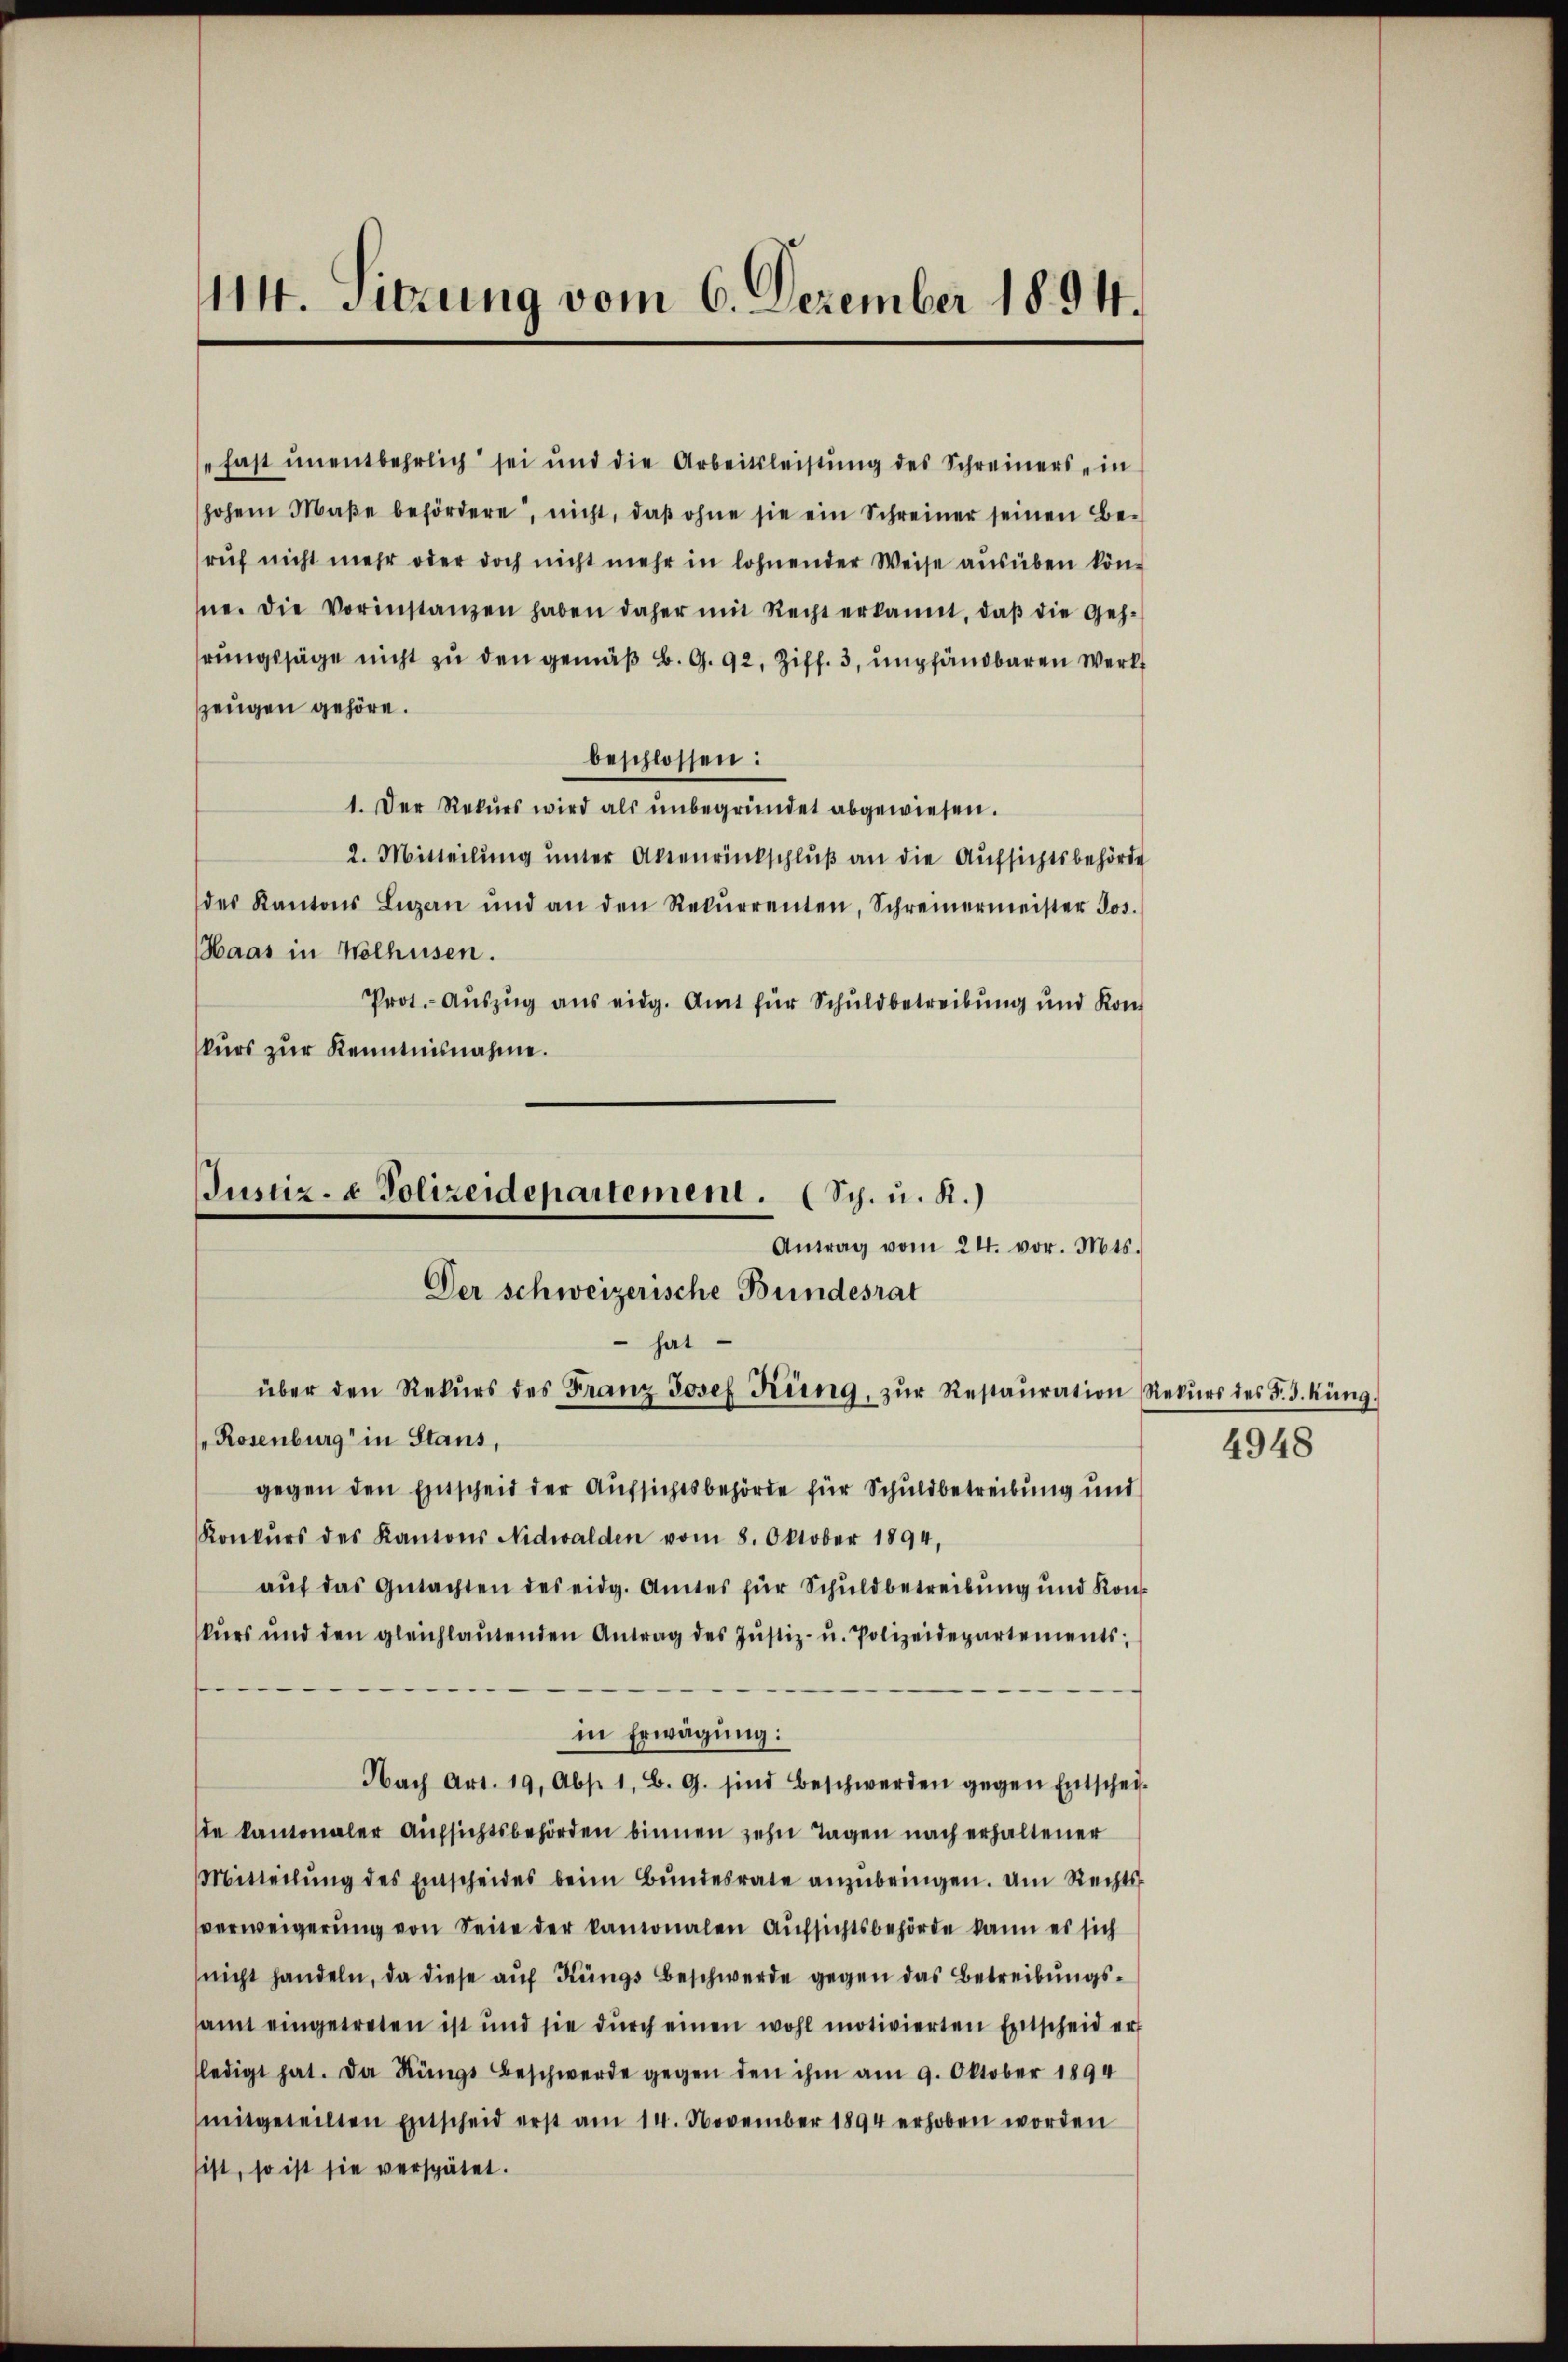
114. Sitzung vom 6. Dezember 1894.

fast unentbehrlich sei und die Arbeitsleistung des Schreiners in
hohem Maβe befördere, nicht, daβ ohne sie ein Schreiner seinen Be-
ruf nicht mehr oder doch nicht mehr in lohnender Weise ausüben könse. Die Vorinstanzen haben daher mit Recht erkannt, daβ die Gehhrungssäge nicht zu den gemäß B. G. 92, Ziff. 3, empfändbaren Werk
zzeugen gehöre.
beschlossen:
1. Der Rekŭrs wird als ŭnbegründet abgewiesen.
2. Mitteilung unter Aktenrückschluß an die Aufsichtsbehörde
des Kantons Luzern und an den Rekŭrrenten, Schreinermeister Jos.
Haas in Wolhusen.
Prot. Auszug aus eidg. Amt für Schuldbetreibung und Kon-
kurs zur Kenntnisnahme.
hat
über den Rekŭrs des Franz Josef Küng, zŭr Restaŭration Rekŭrs des F. J. Küng.
"Rosenburg in Stans,
gegen den Entscheid der Aufsichtsbehörde für Schuldbetreibung und
Konkŭrs des Kantons Nidwalden vom 8. Oktober 1894,
aŭf das Gŭtachten des eidg. Amtes für Schuldbetreibŭng und Kon-
kŭrs und den gleichlaŭtenden Antrag des Jŭstiz- u. Polizeidepartements;
f
in Erwägung:
Nach Art. 19. Abs. 1. B. G. sind Beschwerden gegen Entschei-
de kantonaler Aufsichtsbehörden binnen zehn Tagen nach erhaltener
Mitteilŭng des Entscheides beim Bŭndesrate anzŭbringen. Am Rechtsverweigerung von Seite der kamonalen Aufsichtsbehörde kann es sich
nicht handeln, da diese aŭf Küngs beschwerde gegen das Betreibungssamt eingetreten ist und sie dŭrch einen wohl motivierten Entscheid ert
ledigt hat. Da Küngs Beschwerde gegen den ihm am 9. Oktober 1894
mitgeteilten Entscheid erst am 14. November 1894 erhoben worden
sist, so ist sie verspätet.

Justiz- & Polizeidepartement. (Sch. u. R.)
Antrag vom 24. vor. Mts.
Der schweizerische Bundesrat

4948